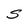
Character: S